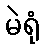
မဲရုံ